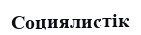
Социялистік